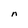
Character: n